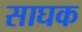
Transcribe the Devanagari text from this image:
साघक